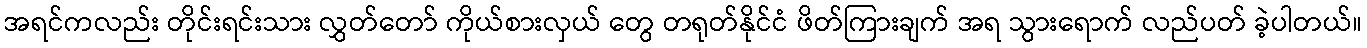
အရင်ကလည်း တိုင်းရင်းသား လွှတ်တော် ကိုယ်စားလှယ် တွေ တရုတ်နိုင်ငံ ဖိတ်ကြားချက် အရ သွားရောက် လည်ပတ် ခဲ့ပါတယ်။